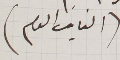
(النايب العام)